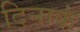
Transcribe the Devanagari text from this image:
दिनाकं